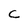
Character: C